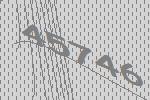
45746